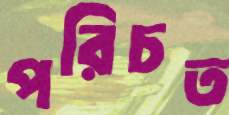
পরিচত